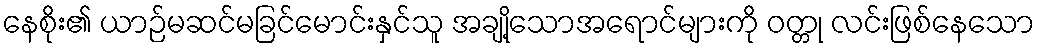
နေစိုး၏ ယာဉ်မဆင်မခြင်မောင်းနှင်သူ အချို့သောအရောင်များကို ဝတ္တု လင်းဖြစ်နေသော